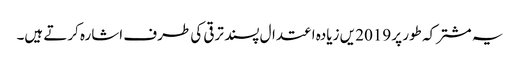
یہ مشترکہ طور پر 2019 یں زیادہ اعتدال پسند ترقی کی طرف اشارہ کرتے ہیں۔